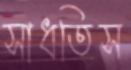
সাধতিস